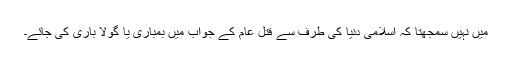
میں نہیں سمجھتا کہ اسلامی دنیا کی طرف سے قتل عام کے جواب میں بمباری یا گولا باری کی جائے۔